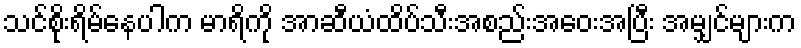
သင်စိုးရိမ်နေပါက မာရိကို အာဆီယံထိပ်သီးအစည်းအဝေးအပြီး အမျှင်များက